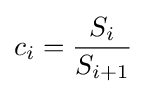
c_{i}={\frac {S_{i}}{S_{i+1}}}